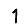
Digit: 1